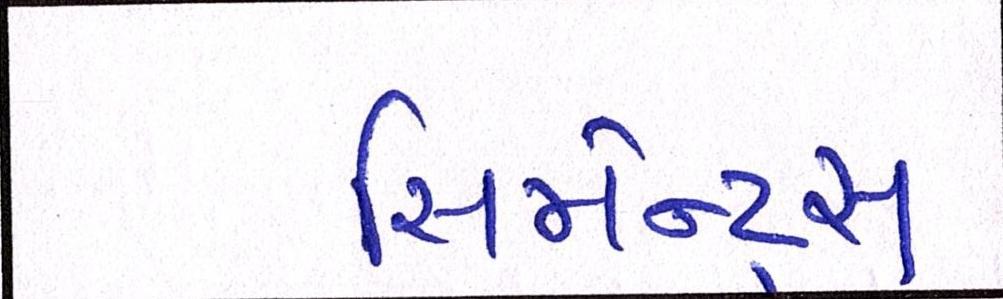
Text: સિમેન્ટ્સ